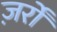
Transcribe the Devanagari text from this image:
ज़र्रों